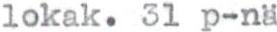
lokak. 31 p-nä